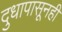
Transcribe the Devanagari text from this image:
दुधापासूनही